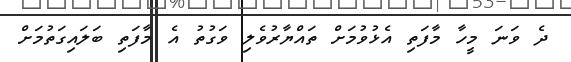
ދެ ވަނަ މީހާ މާފަތި އެޅުވުމަށް ތައްޔާރުވެލި ވަގުތު އެ މާފަތި ބަލައިގަތުމަށް